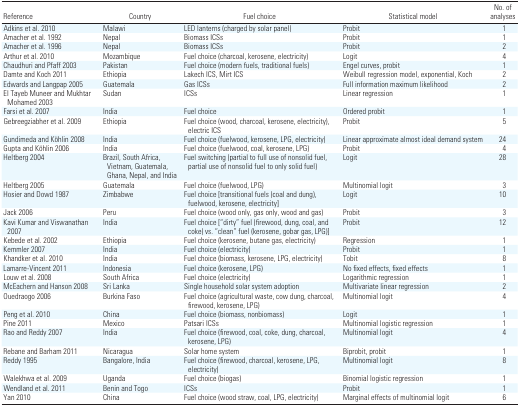
<table><thead><tr><td><b>Reference</b></td><td><b>Country</b></td><td><b>Fuel choice</b></td><td><b>Statistical model</b></td><td><b>No. of analyses</b></td></tr></thead><tbody><tr><td>Adkins et al. 2010</td><td></td><td>Malawi</td><td></td><td>LED lanterns (charged by solar panel)</td><td></td><td>Probit</td><td></td><td>1</td></tr><tr><td>Amacher et al. 1992</td><td></td><td>Nepal</td><td></td><td>Biomass ICSs</td><td></td><td>Probit</td><td></td><td>1</td></tr><tr><td>Amacher et al. 1996</td><td></td><td>Nepal</td><td></td><td>Biomass ICSs</td><td></td><td>Probit</td><td></td><td>2</td></tr><tr><td>Arthur et al. 2010</td><td></td><td>Mozambique</td><td></td><td>Fuel choice (charcoal, kerosene, electricity)</td><td></td><td>Logit</td><td></td><td>4</td></tr><tr><td>Chaudhuri and Pfaff 2003</td><td></td><td>Pakistan</td><td></td><td>Fuel choice (modern fuels, traditional fuels)</td><td></td><td>Engel curves, probit</td><td></td><td>1</td></tr><tr><td>Damte and Koch 2011</td><td></td><td>Ethiopia</td><td></td><td>Lakech ICS, Mirt ICS</td><td></td><td>Weibull regression model, exponential, Koch</td><td></td><td>2</td></tr><tr><td>Edwards and Langpap 2005</td><td></td><td>Guatemala</td><td></td><td>Gas ICSs</td><td></td><td>Full information maximum likelihood</td><td></td><td>2</td></tr><tr><td>El Tayeb Muneer and Mukhtar Mohamed 2003</td><td></td><td>Sudan</td><td></td><td>ICSs</td><td></td><td>Linear regression</td><td></td><td>1</td></tr><tr><td>Farsi et al. 2007</td><td></td><td>India</td><td></td><td>Fuel choice</td><td></td><td>Ordered probit</td><td></td><td>1</td></tr><tr><td>Gebreegziabher et al. 2009</td><td></td><td>Ethiopia</td><td></td><td>Fuel choice (wood, charcoal, kerosene, electricity), electric ICS</td><td></td><td>Probit</td><td></td><td>5</td></tr><tr><td>Gundimeda and Köhlin 2008</td><td></td><td>India</td><td></td><td>Fuel choice (fuelwood, kerosene, LPG, electricity)</td><td></td><td>Linear approximate almost ideal demand system</td><td></td><td>24</td></tr><tr><td>Gupta and Köhlin 2006</td><td></td><td>India</td><td></td><td>Fuel choice (fuelwood, coal, kerosene, LPG)</td><td></td><td>Probit</td><td></td><td>4</td></tr><tr><td>Heltberg 2004</td><td></td><td>Brazil, South Africa, Vietnam, Guatemala, Ghana, Nepal, and India</td><td></td><td>Fuel switching (partial to full use of nonsolid fuel, partial use ofnonsolid fuel to only solid fuel)</td><td></td><td>Logit</td><td></td><td>28</td></tr><tr><td>Heltberg 2005</td><td></td><td>Guatemala</td><td></td><td>Fuel choice (fuelwood, LPG)</td><td></td><td>Multinomial logit</td><td></td><td>3</td></tr><tr><td>Hosier and Dowd 1987</td><td></td><td>Zimbabwe</td><td></td><td>Fuel choice [transitional fuels (coal and dung), fuelwood, kerosene,electricity]</td><td></td><td>Logit</td><td></td><td>10</td></tr><tr><td>Jack 2006</td><td></td><td>Peru</td><td></td><td>Fuel choice (wood only, gas only, wood and gas)</td><td></td><td>Probit</td><td></td><td>3</td></tr><tr><td>Kavi Kumar and Viswanathan 2007</td><td></td><td>India</td><td></td><td>Fuel choice [“dirty” fuel (firewood, dung, coal, and coke) vs. “clean”fuel (kerosene, gobar gas, LPG)]</td><td></td><td>Probit</td><td></td><td>12</td></tr><tr><td>Kebede et al. 2002</td><td></td><td>Ethiopia</td><td></td><td>Fuel choice (kerosene, butane gas, electricity)</td><td></td><td>Regression</td><td></td><td>1</td></tr><tr><td>Kemmler 2007</td><td></td><td>India</td><td></td><td>Fuel choice (electricity)</td><td></td><td>Probit</td><td></td><td>1</td></tr><tr><td>Khandker et al. 2010</td><td></td><td>India</td><td></td><td>Fuel choice (biomass, kerosene, LPG, electricity)</td><td></td><td>Tobit</td><td></td><td>8</td></tr><tr><td>Lamarre-Vincent 2011</td><td></td><td>Indonesia</td><td></td><td>Fuel choice (kerosene, LPG)</td><td></td><td>No fixed effects, fixed effects</td><td></td><td>1</td></tr><tr><td>Louw et al. 2008</td><td></td><td>South Africa</td><td></td><td>Fuel choice (electricity)</td><td></td><td>Logarithmic regression</td><td></td><td>1</td></tr><tr><td>McEachern and Hanson 2008</td><td></td><td>Sri Lanka</td><td></td><td>Single household solar system adoption</td><td></td><td>Multivariate linear regression</td><td></td><td>2</td></tr><tr><td>Ouedraogo 2006</td><td></td><td>Burkina Faso</td><td></td><td>Fuel choice (agricultural waste, cow dung, charcoal, firewood, kerosene,LPG)</td><td></td><td>Multinomial logit</td><td></td><td>4</td></tr><tr><td>Peng et al. 2010</td><td></td><td>China</td><td></td><td>Fuel choice (biomass, nonbiomass)</td><td></td><td>Logit</td><td></td><td>1</td></tr><tr><td>Pine 2011</td><td></td><td>Mexico</td><td></td><td>Patsari ICSs</td><td></td><td>Multinomial logistic regression</td><td></td><td>1</td></tr><tr><td>Rao and Reddy 2007</td><td></td><td>India</td><td></td><td>Fuel choice (firewood, coal, coke, dung, charcoal, kerosene, LPG)</td><td></td><td>Multinomial logit</td><td></td><td>4</td></tr><tr><td>Rebane and Barham 2011</td><td></td><td>Nicaragua</td><td></td><td>Solar home system</td><td></td><td>Biprobit, probit</td><td></td><td>1</td></tr><tr><td>Reddy 1995</td><td></td><td>Bangalore, India</td><td></td><td>Fuel choice (firewood, charcoal, kerosene, LPG, electricity)</td><td></td><td>Multinomial logit</td><td></td><td>8</td></tr><tr><td>Walekhwa et al. 2009</td><td></td><td>Uganda</td><td></td><td>Fuel choice (biogas)</td><td></td><td>Binomial logistic regression</td><td></td><td>1</td></tr><tr><td>Wendland et al. 2011</td><td></td><td>Benin and Togo</td><td></td><td>ICSs</td><td></td><td>Probit</td><td></td><td>1</td></tr><tr><td>Yan 2010</td><td></td><td>China</td><td></td><td>Fuel choice (wood straw, coal, LPG, electricity)</td><td></td><td>Marginal effects of multinomial logit</td><td></td><td>6</td></tr></tbody></table>